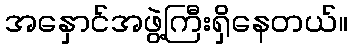
အနှောင်အဖွဲ့ကြီးရှိနေတယ်။